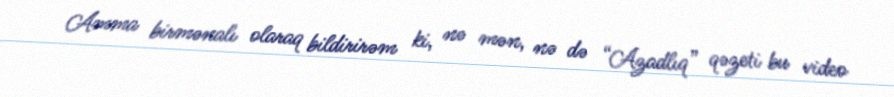
Amma birmənalı olaraq bildirirəm ki, nə mən, nə də “Azadlıq” qəzeti bu video